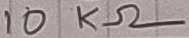
Text: 10KΩ